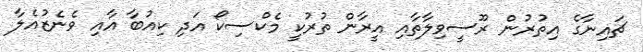
ޗައިނާގެ އިތުރުން ރޫސީވިލާތާއި އީރާން ތުރުކީ މެކްސިކޯ އަދި ކިއުބާ އާއި ވެނެޒުއެލާ